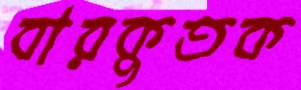
বারকুতক